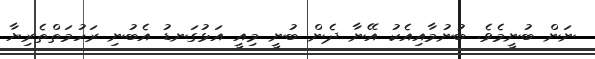
ނަން ބުނީމެވެ. ބުނުމާއިއެކު އޭނާ ދެން ބުނީ މިއީ އަޅުގަނޑު އެބުނި ރަހުމަތްތެރިޔާ